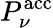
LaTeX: P_{\nu}^{\mathrm{acc}}